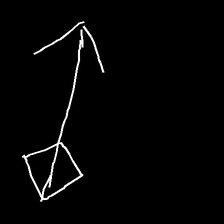
Glyph: focus